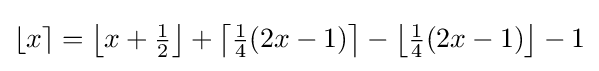
\lfloor x\rceil =\left\lfloor x+{\tfrac {1}{2}}\right\rfloor +\left\lceil {\tfrac {1}{4}}(2x-1)\right\rceil -\left\lfloor {\tfrac {1}{4}}(2x-1)\right\rfloor -1